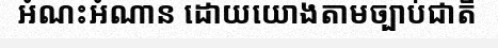
អំណះអំណាន ដោយយោងតាមច្បាប់ជាតិ